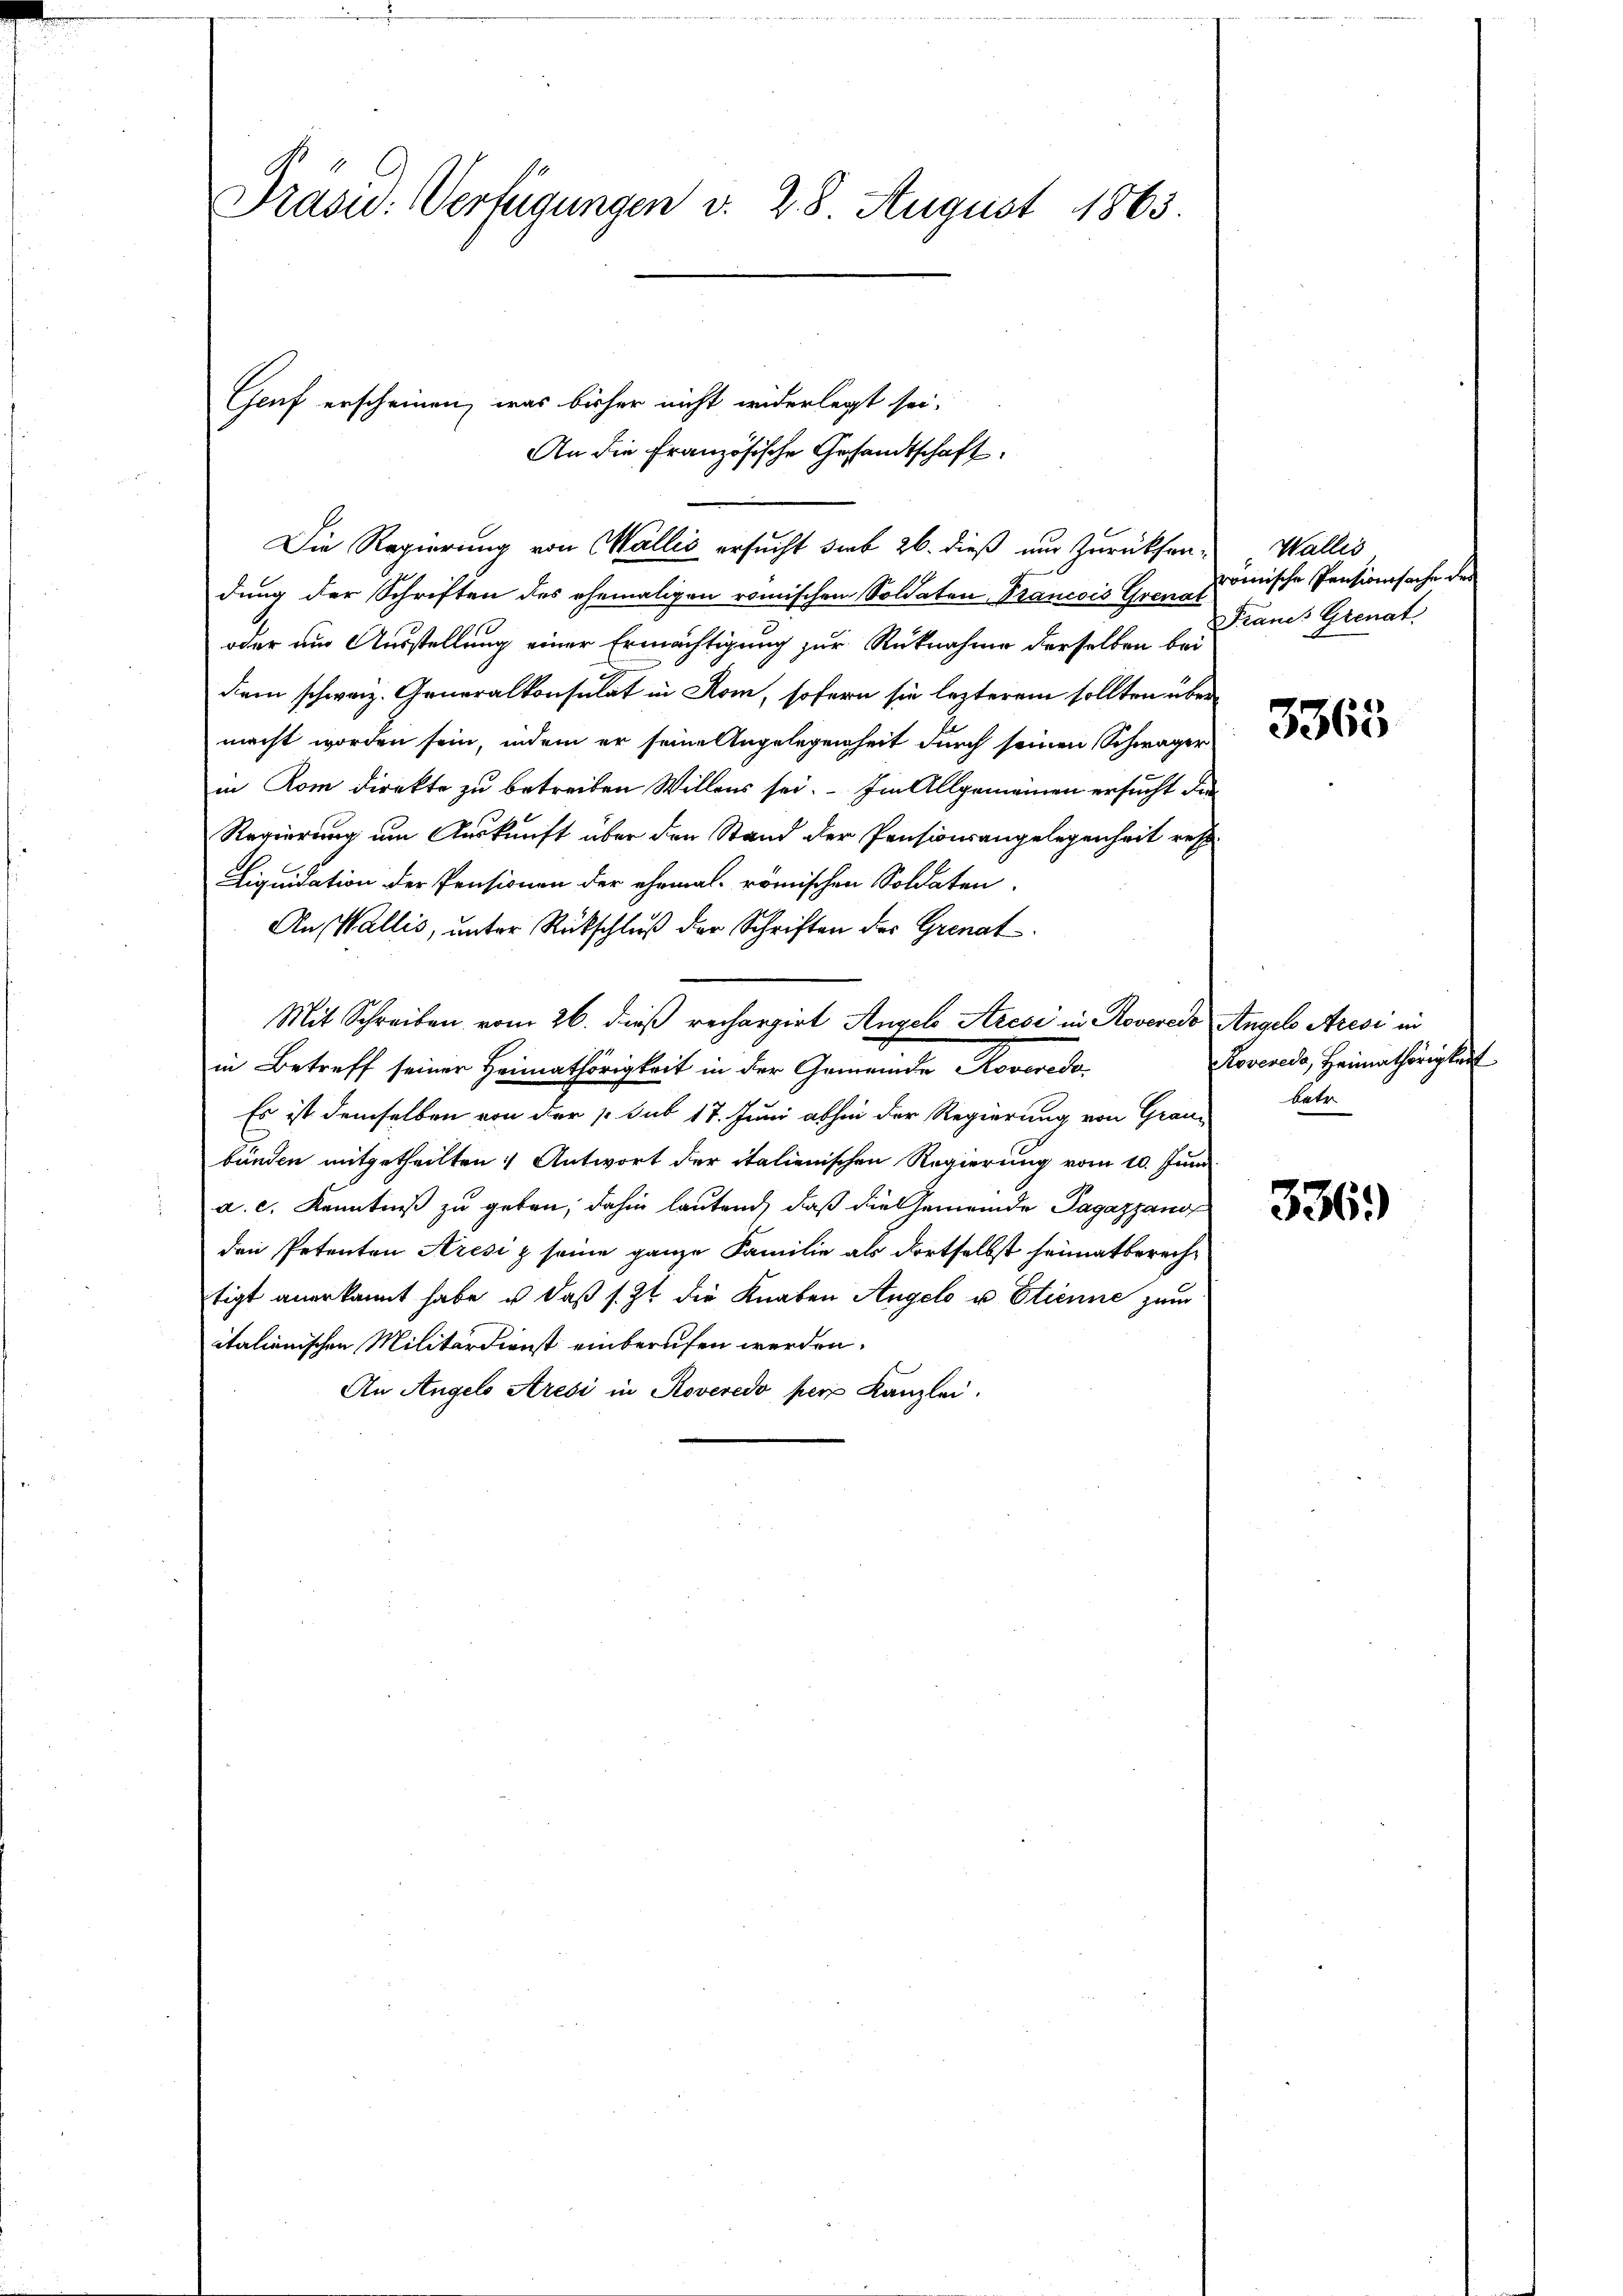
Präsid.: Verfügungen v. 28 August 1863.

Genf erscheinen, was bisher nicht widerlegt sei.

Die Regierung von Wallis ersucht sieb 26. dieß nur zurücksendung der Schriften des ehemaligen römischen Soldaten Prancois Grenat
oder ein Ausstellung einer Ermächtigung zur Rücknahme derselben bei
diem schweiz. Generalkonsulat in Rom, sofern sie lezterem sollten übermacht worden sein, indem er seine Angelegenheit durch seinen Schwäger
in Rom direkte zu betreiben Willens sei. – Im Allgemeinen ersucht die
Regierung um Auskunft über den Stand der Pensionsangelegenheit res
Liquidation der Pensionen der ehemal römischen Soldaten
An Wallis, unter Rückschluß der Schriften der Grenat
Mit Schreiben vom 26. dieß rechargirt Angel Aecsi in Roveredo Angels Aresi in
in Betreff seiner Heimathörigkeit in der Gemeinde Roveredo
Es ist demselben von der 1. sub 17. Juni abhin der Regierung von Grau-
bunden mitgetheilten Antwort der italienischen Regierung vom 10. Juni
a. c. Kenntniß zu geben, dahin lautend, daß die Gemeinde Pagazzans
den Petenten Aresi z seine ganze Familie als dortselbst heimatberechtigt anerkannt habe, u. daß s. Z. die Knaben Angelo u. Etienne zum
itationischen Militärdienst einberufen werden.
An Angels Aresi in Roveredo pers Kanzlei.

An die Französische Gesandtschaft.

Wallis,
römische Pensionssache der
Francs Grenat

3365

Roveredo, Heimathörigkeit
bate

3369